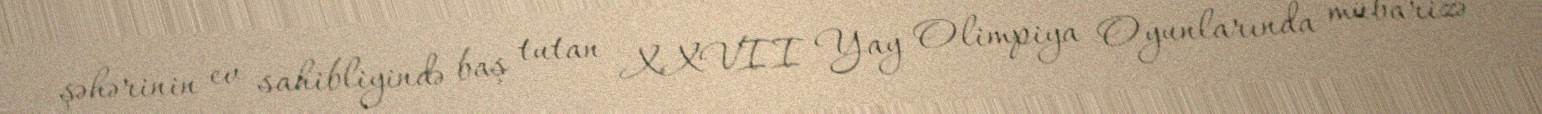
şəhərinin ev sahibliyində baş tutan XXVII Yay Olimpiya Oyunlarında mübarizə